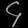
Digit: ၄